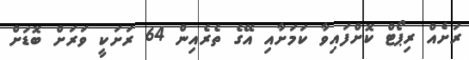
ރަށެއް ރިޕޯޓް ކޮށްފައިވާ ކަމަށާއި އޭގެ ތެރެއިން 64 ރަށަކީ ވަރަށް ބޮޑަށް